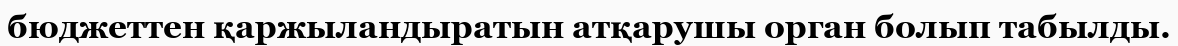
бюджеттен қаржыландыратын атқарушы орган болып табылды.